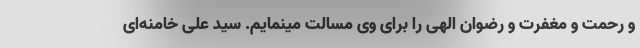
و رحمت و مغفرت و رضوان الهی را برای وی مسالت مینمایم. سید علی خامنه‌ای